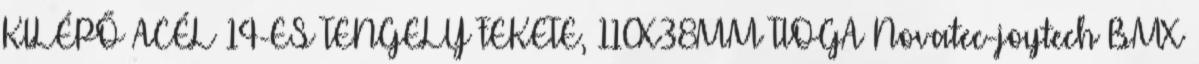
KILÉPŐ ACÉL 14-ES TENGELY FEKETE, 110X38MM TIOGA Novatec-joytech BMX